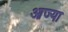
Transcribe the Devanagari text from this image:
आज्या